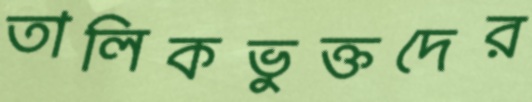
তালিকভুক্তদের